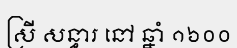
ស្រី សន្ធារ នៅ ឆ្នាំ ១៦០០